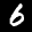
Label: 6